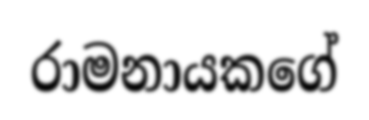
රාමනායකගේ